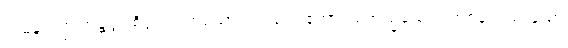
ဣမိနာ၊ ဤဘန္တတ္တံ စိတ္တဿဟူသော ပါဌ်ဖြင့်။ ဧကာရမဏသ္မိံယေဝ၊ တစ်ခုတည်းသော